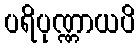
ပရိပုဏ္ဏာယပိ